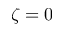
\zeta = 0